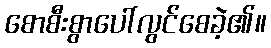
စောစီးစွာပေါ်လွင်စေခဲ့၏။